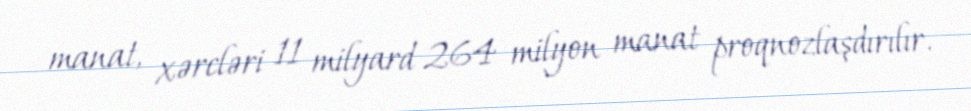
manat, xərcləri 11 milyard 264 milyon manat proqnozlaşdırılır.